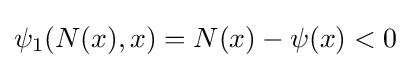
\psi _{1}(N(x),x)=N(x)-\psi (x)<0